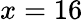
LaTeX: x=16